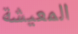
المعيشة